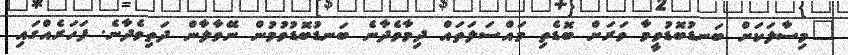
"މިސާލަކަށް ބަނޑުބޮޑުވީމާ ވަރަށް ބޮޑެތި މައްސަލަތައް ދިމާވެދާނެ ބަނޑުބޮޑުވުމުން ނޭވާލާން ދަތިވެދާނެ. ފަހަރެއްގައި